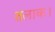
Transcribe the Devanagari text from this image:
तलाक।